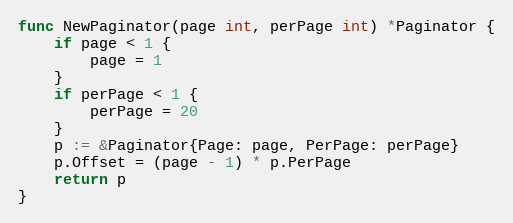
Language: Go
func NewPaginator(page int, perPage int) *Paginator {
	if page < 1 {
		page = 1
	}
	if perPage < 1 {
		perPage = 20
	}
	p := &Paginator{Page: page, PerPage: perPage}
	p.Offset = (page - 1) * p.PerPage
	return p
}